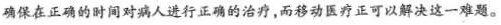
确保在正确的时间对病人进行正确的治疗，而移动医疗立可以解决这一难题。